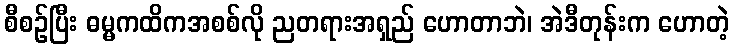
စီစဉ်ပြီး ဓမ္မကထိကအစစ်လို ညတရားအရှည် ဟောတာဘဲ၊ အဲဒီတုန်းက ဟောတဲ့